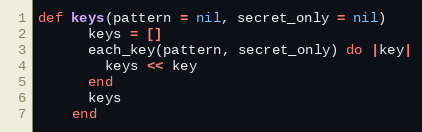
Language: Ruby
def keys(pattern = nil, secret_only = nil)
      keys = []
      each_key(pattern, secret_only) do |key|
        keys << key
      end
      keys
    end